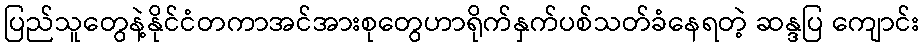
ပြည်သူတွေနဲ့နိုင်ငံတကာအင်အားစုတွေဟာရိုက်နှက်ပစ်သတ်ခံနေရတဲ့ ဆန္ဒပြ ကျောင်း